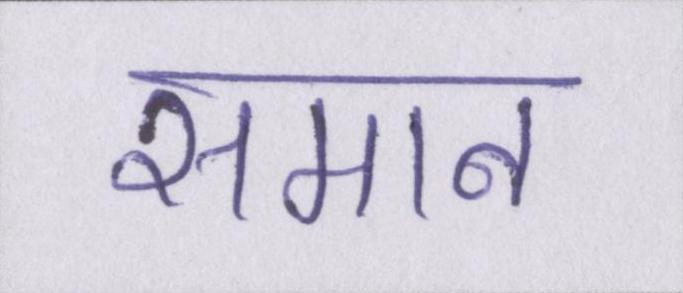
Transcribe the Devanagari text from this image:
समान